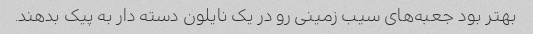
بهتر بود جعبه‌های سیب زمینی رو در یک نایلون دسته دار به پیک بدهند.